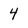
Character: 4